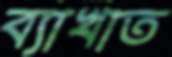
ব্যাখাত